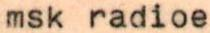
msk radioe